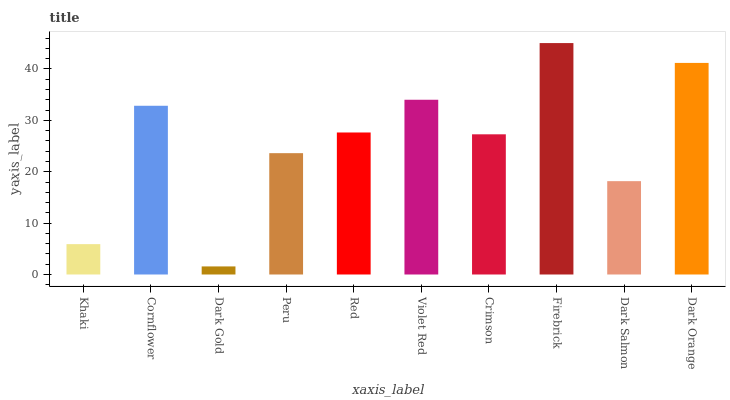
| xaxis_label | bars |
 | --- | --- |
 | Khaki | 5.91 |
 | Cornflower | 32.8 |
 | Dark Gold | 1.57 |
 | Peru | 23.6 |
 | Red | 27.6 |
 | Violet Red | 34 |
 | Crimson | 27.3 |
 | Firebrick | 45 |
 | Dark Salmon | 18.2 |
 | Dark Orange | 41.2 |